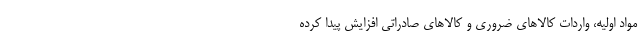
مواد اولیه، واردات کالاهای ضروری و کالاهای صادراتی افزایش پیدا کرده